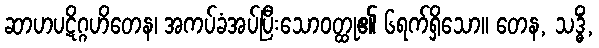
ဆာဟပဋိဂ္ဂဟိတေန၊ အကပ်ခံအပ်ပြီးသောဝတ္ထု၏ ၆ရက်ရှိသော။ တေန, သဒ္ဓိံ,